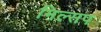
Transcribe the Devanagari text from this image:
मिल्सप